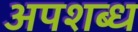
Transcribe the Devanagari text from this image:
अपशब्ध